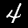
Label: 4